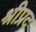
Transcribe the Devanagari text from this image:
श्रीप्रद